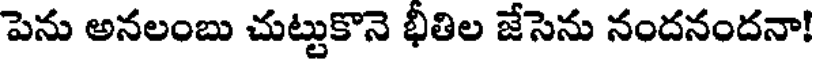
పెను అనలంబు చుట్టుకొనె భీతిల జేసెను నందనందనా!